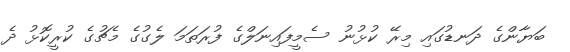
ބަޔާންގެ ދަނޑުގައި މިރޭ ކުޅުނު ސެމީފައިނަލްގެ ފުރަތަމަ ލެގުގެ މެޗުގެ ކުރީކޮޅު ދެ